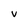
Character: V